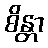
စိန္တာ